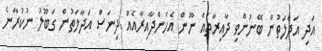
އަދި އަދާލަތުން ބޭނުންވި ދާއިރާތައް ނޫން އެހެންދާއިރާއެއް ދިނަސް އަދާލަތުން ގަބޫލު ނުކުރާނެ